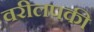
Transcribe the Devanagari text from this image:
वरीलपकी